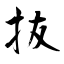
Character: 抜